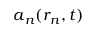
\boldsymbol { a } _ { n } ( \boldsymbol { r } _ { \! \; \! n } , t )